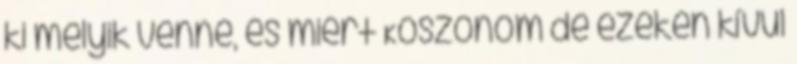
ki melyik venné, és miért Köszönöm de ezeken kívül